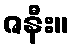
ဇနီး။